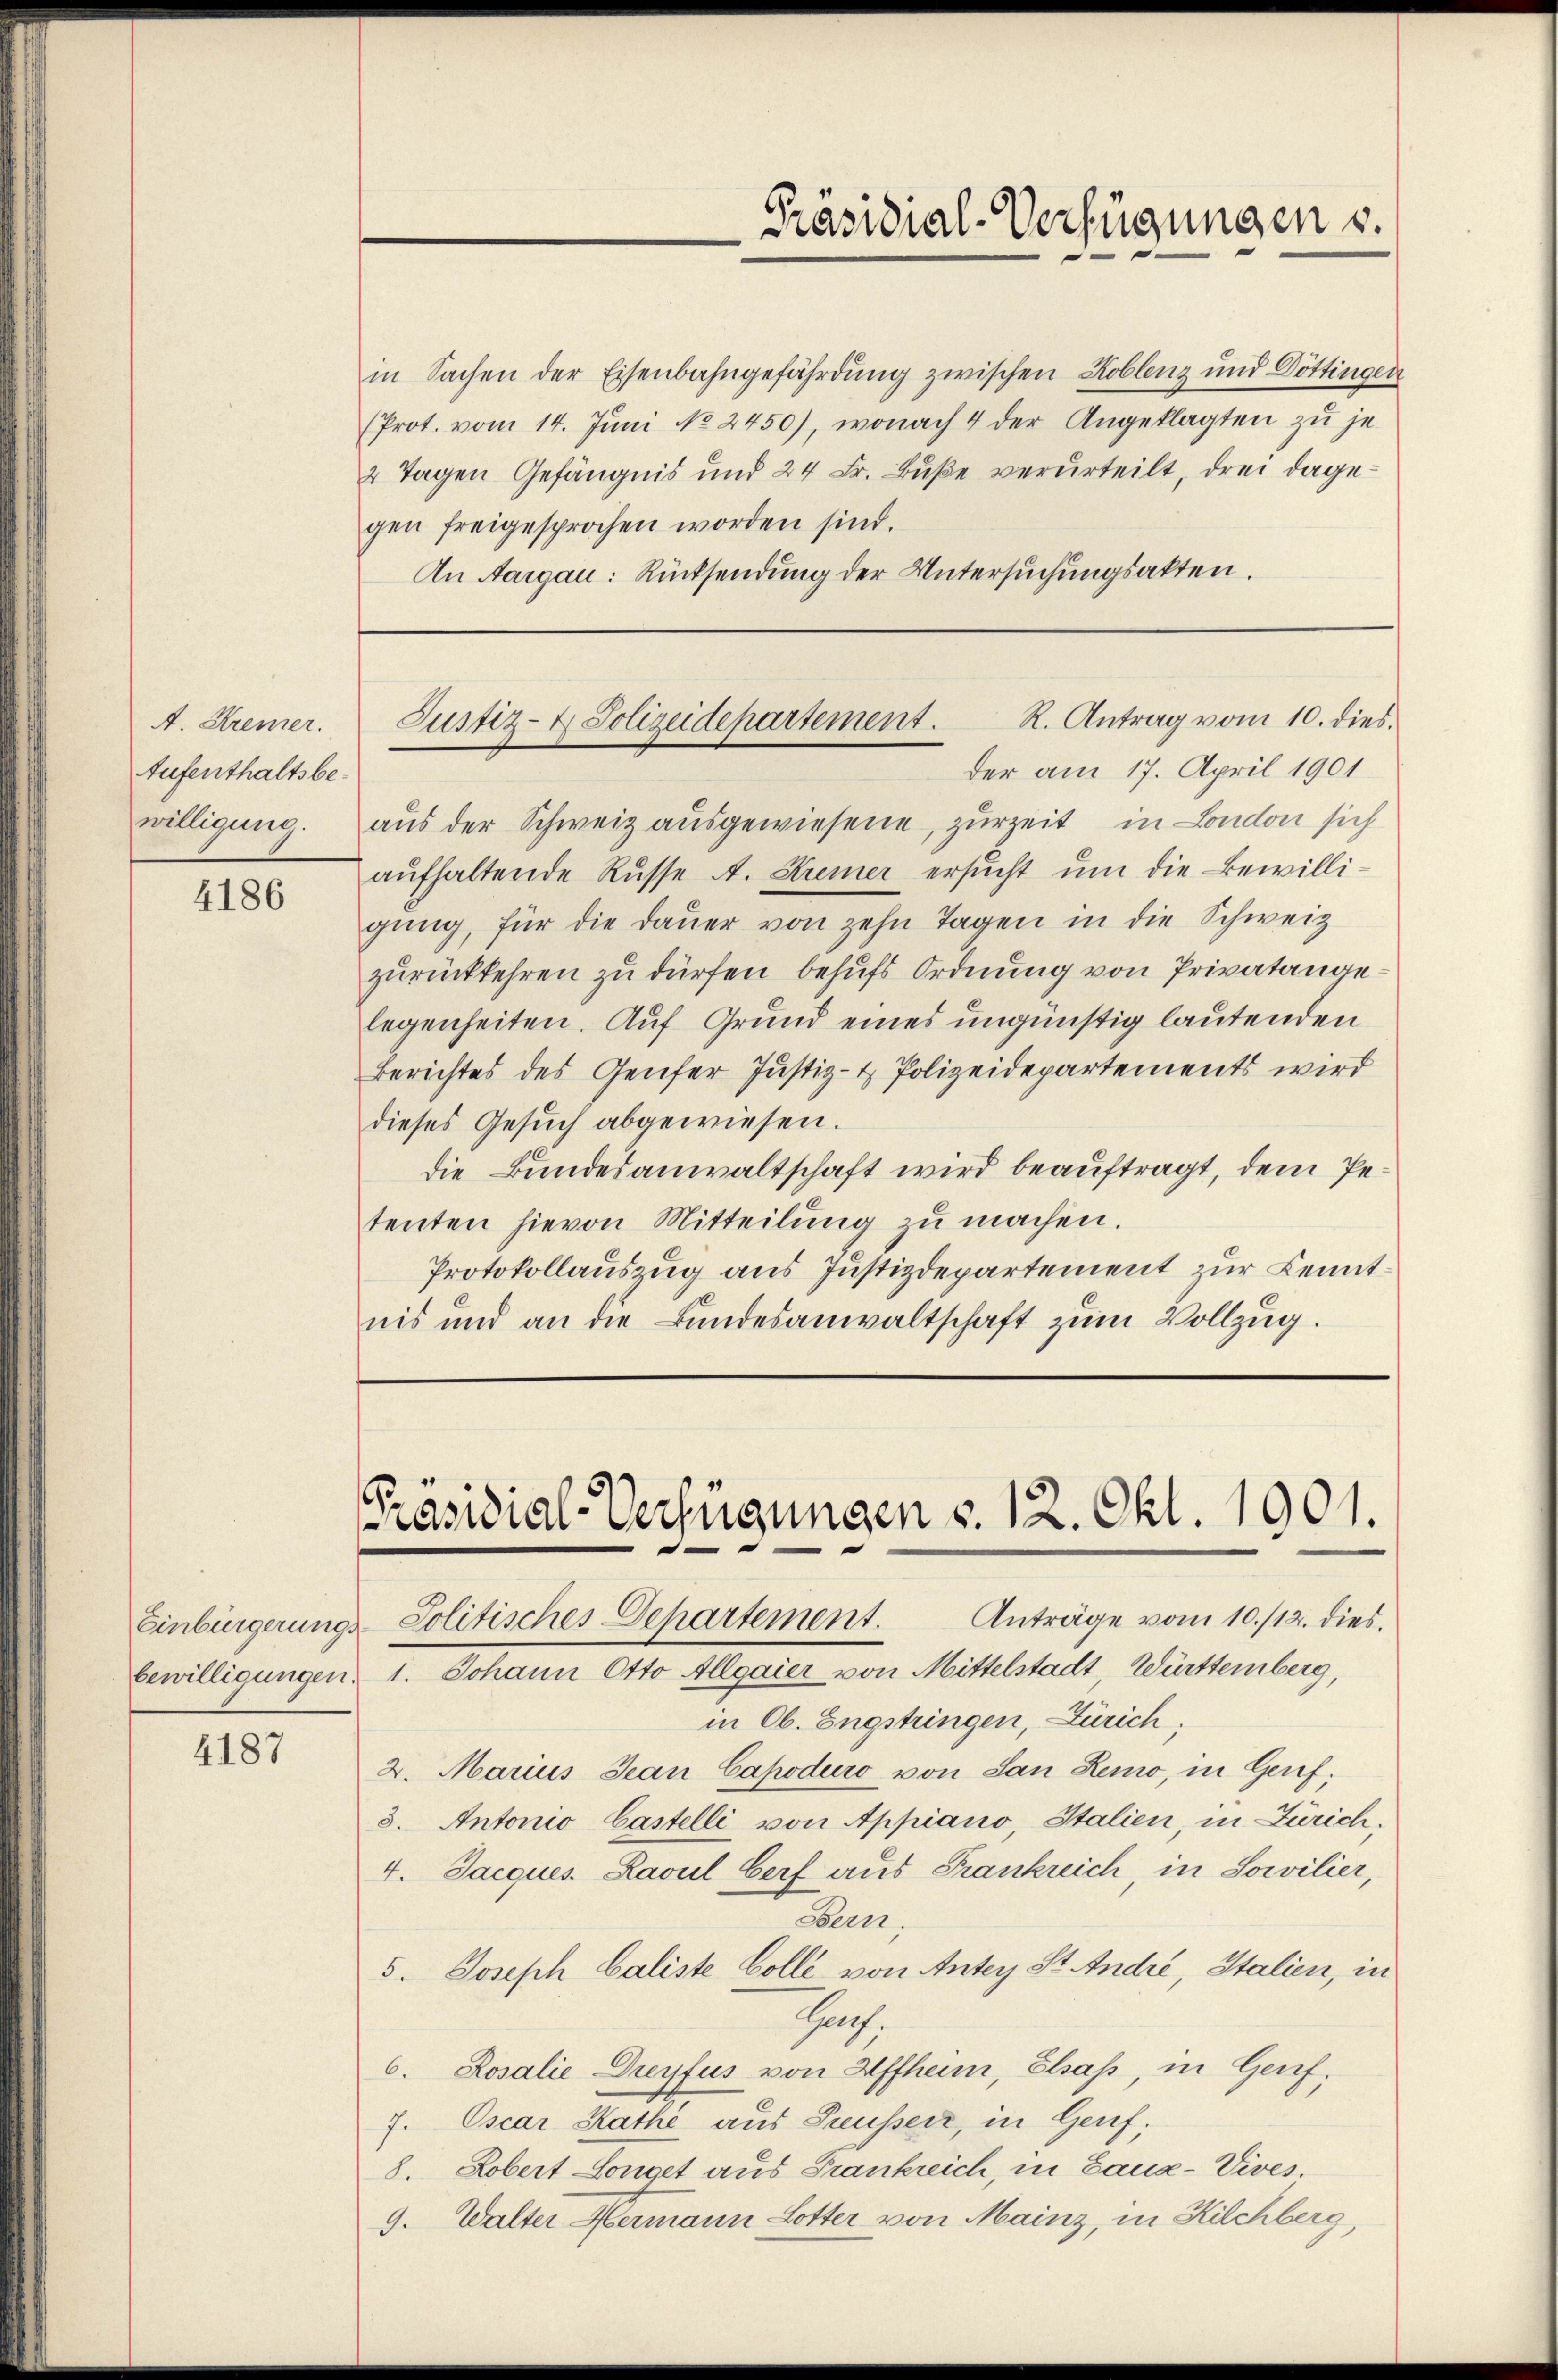
A. Kremer.
Aufenthaltsbewilligung

4186

bewilligungen.

4187

in Sachen der Eisenbahngefährdung zwischen Koblenz und Döttingen
(Prot. vom 14. Jŭni No 2450), wonach 4 der Angeklagten zŭ je
2 Tagen Gefängnis und 24 Fr. Buße verurteilt, drei dagegen freigesprochen worden sind.
An Aargau: Rücksendung der Untersuchungsakten.

Präsidial-Verfügungen s.

R. Antrag vom 10. dies
Justiz- & Polizeidepartement.
der am 17. April 1901

aus der Schweiz ausgewiesene, zurzeit in London sich
aufhaltende Russe A. Kremer ersucht um die Bewilligŭng, für die Daŭer von zehn Tagen in die Schweiz
zŭrückkehren zu dürfen behufs Ordnung von Privatangelegenheiten. Auf Grund eines ungünstig lautenden
Berichtes des Genfer Justiz- & Polizeidepartements wird
dieses Gesuch abgewiesen.
die Bundesanwaltschaft wird beauftragt, dem Petenten hievon Mitteilŭng zŭ machen.
Protokollauszug aus Justizdepartement zur Kenntnis und an die Bundesanwaltschaft zum Vollzug.

Präsidial-Verfügungen d. 12. Okt. 1901.
Einbürgerungs-Politisches Departement. Anträge vom 10./12. dies

1. Johann Otto Allgaier von Mittelstadt, Württemberg,
in Ob. Engstringen, Zürich;
2. Marius Jean Capoduro von San Lemo, in Genf;
3. Antonio Castelli von Appiano, Italien, in Zürich,
4. Jacques. Ravul Cerf aus Frankreich, in Socilier,
Bolen.
5. Joseph Caliste Colle von Antey St. André, Italien, in
Hath.
6. Rosalie Dreyfus von Affheim, Elsass, in Genf,
7. Oscar Kathe aus Preusser, in Genf,
8. Robert Longet aus Frankreich, in Saux-Vives.
9. Walter Hermann Lotter von Mainz, in Kilchberg,